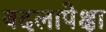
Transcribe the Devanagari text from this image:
बदलापेक्षा